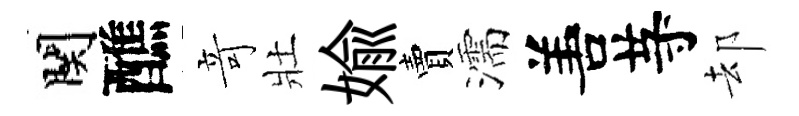
関醮竒壯媮賣濡𠵊䒭却